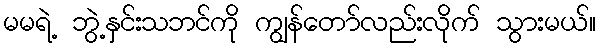
မမရဲ့ ဘွဲ့နှင်းသဘင်ကို ကျွန်တော်လည်းလိုက် သွားမယ်။